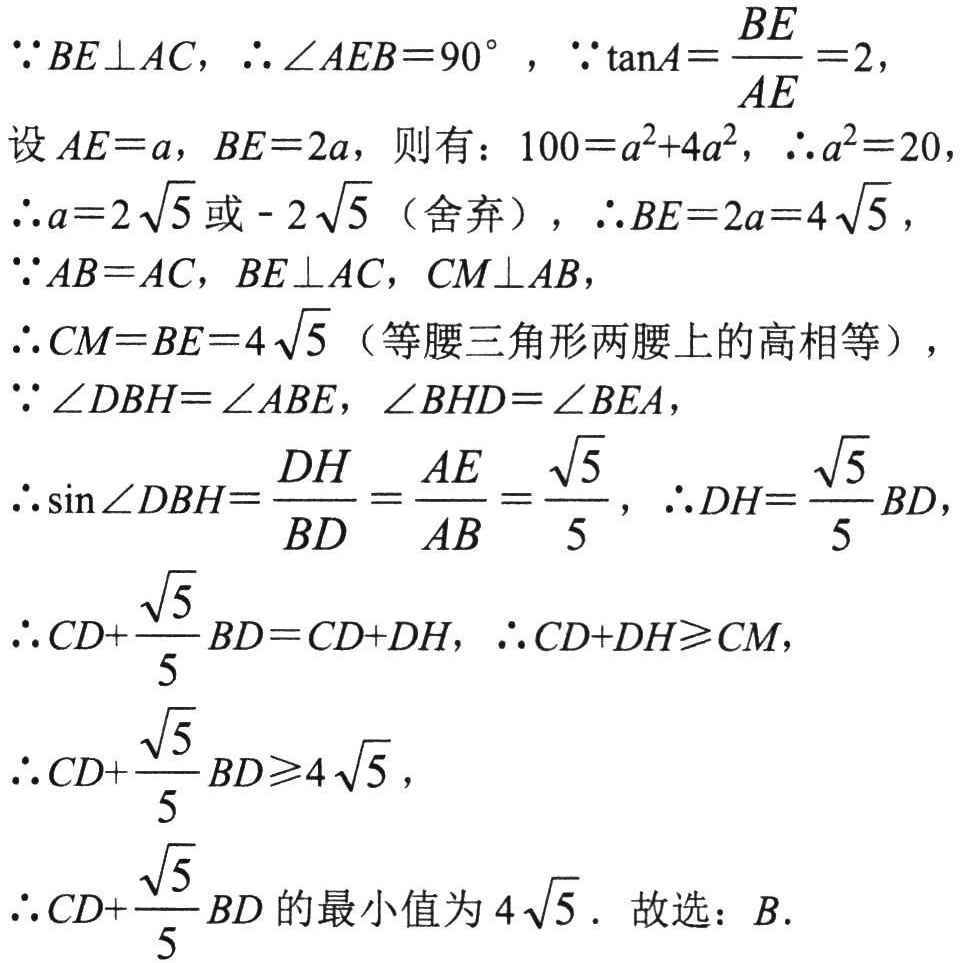
$\because BE\perp AC$，$\therefore\angle AEB = 90^{\circ}$，$\because\tan A=\dfrac{BE}{AE}=2$，
设$AE = a$，$BE = 2a$，则有：$100=a^{2}+4a^{2}$，$\therefore a^{2}=20$，
$\therefore a = 2\sqrt{5}$或$-2\sqrt{5}$（舍弃），$\therefore BE = 2a = 4\sqrt{5}$，
$\because AB = AC$，$BE\perp AC$，$CM\perp AB$，
$\therefore CM = BE = 4\sqrt{5}$（等腰三角形两腰上的高相等），
$\because\angle DBH=\angle ABE$，$\angle BHD=\angle BEA$，
$\therefore\sin\angle DBH=\dfrac{DH}{BD}=\dfrac{AE}{AB}=\dfrac{\sqrt{5}}{5}$，$\therefore DH=\dfrac{\sqrt{5}}{5}BD$，
$\therefore CD+\dfrac{\sqrt{5}}{5}BD=CD + DH$，$\therefore CD + DH\geqslant CM$，
$\therefore CD+\dfrac{\sqrt{5}}{5}BD\geqslant4\sqrt{5}$，
$\therefore CD+\dfrac{\sqrt{5}}{5}BD$的最小值为$4\sqrt{5}$．故选：$B$．